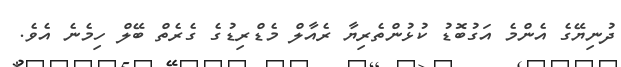
ދުނިޔޭގެ އެންމެ އަގުބޮޑު ކުޅުންތެރިޔާ ރެއާލް މެޑްރިޑުގެ ގެރެތް ބޭލް ހިމެނެ އެވެ.